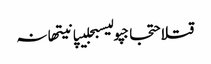
قتلاحتجاجپولیسبجلیپانیتھانہ